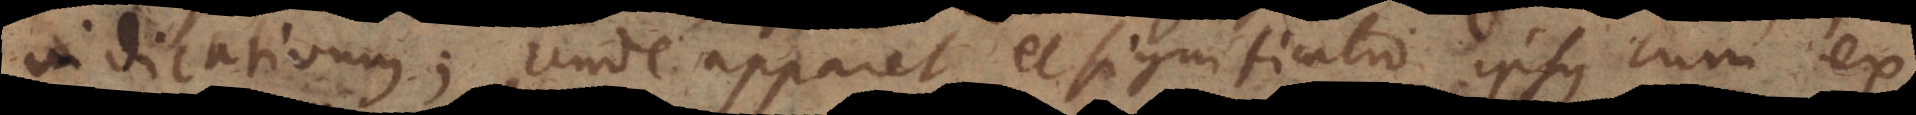
indicativum; unde apparet et significatio ipsius cum ex